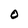
Character: 0